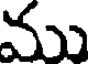
ము